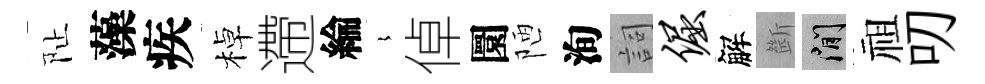
阯藻疾棹遰綸𡻕倬圜陋洵詞倔解㫁閑祖叨